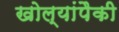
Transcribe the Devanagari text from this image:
खोल्यांपैकी